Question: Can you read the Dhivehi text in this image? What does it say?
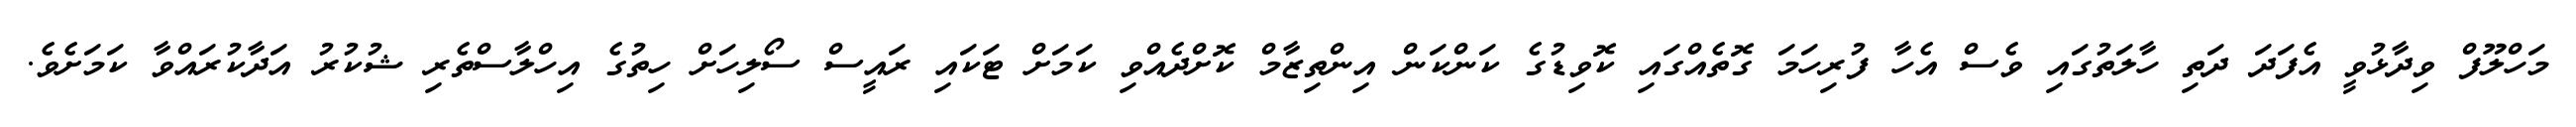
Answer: މަހްލޫފް ވިދާޅުވީ އެފަދަ ދަތި ހާލަތުގައި ވެސް އެހާ ފުރިހަމަ ގޮތެއްގައި ކޮވިޑުގެ ކަންކަން އިންތިޒާމް ކޮށްދެއްވި ކަމަށް ޓަކައި ރައީސް ސޯލިހަށް ހިތުގެ އިހްލާސްތެރި ޝުކުރު އަދާކުރައްވާ ކަމަށެވެ.